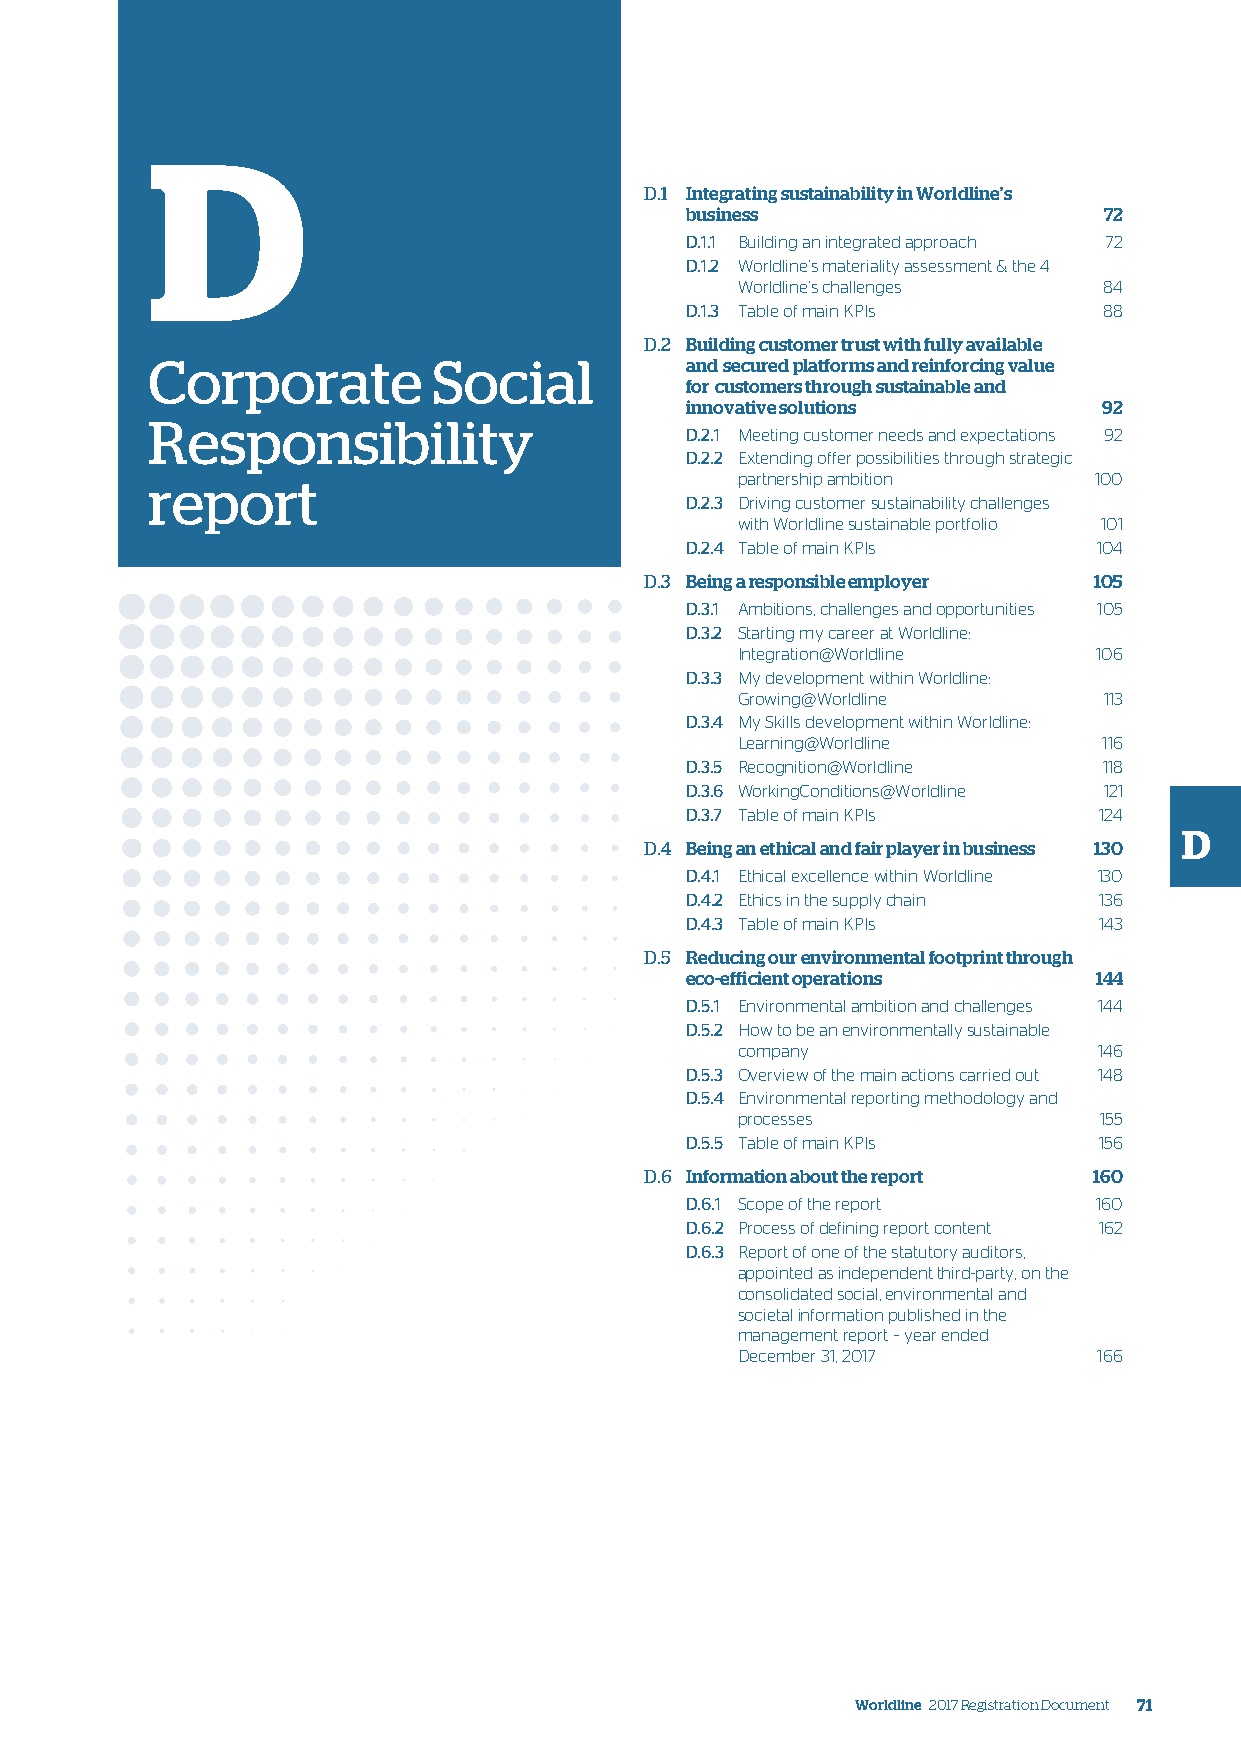
D
 D.1 Integrating sustainability in Worldline’s
 business                    72
 D.1.1 Building an integrated approach 72
 D.1.2 Worldline’s materiality assessment & the 4
 Worldline’s challenges  84
 D.1.3 Table of main KPIs    88
 D.2 Building customer trust with fully available
 Corporate          Social          and secured platforms and reinforcing value
 for customers through sustainable and
 innovative solutions        92
 Responsibility
 D.2.1 Meeting customer needs and expectations 92
 D.2.2 Extending offer possibilities through strategic
 report                                 partnership ambition   100
 D.2.3 Driving customer sustainability challenges
 with Worldline sustainable portfolio 101
 D.2.4 Table of main KPIs    104
 D.3 Being a responsible employer 105
 D.3.1 Ambitions, challenges and opportunities 105
 D.3.2 Starting my career at Worldline:
 Integration@Worldline   106
 D.3.3 My development within Worldline:
 Growing@Worldline       113
 D.3.4 My Skills development within Worldline:
 Learning@Worldline      116
 D.3.5 Recognition@Worldline 118
 D.3.6 WorkingConditions@Worldline 121
 D.3.7 Table of main KPIs    124
 D
 D.4 Being an ethical and fair player in business 130
 D.4.1 Ethical excellence within Worldline 130
 D.4.2 Ethics in the supply chain 136
 D.4.3 Table of main KPIs    143
 D.5 Reducing our environmental footprint through
 eco-efficient operations   144
 D.5.1 Environmental ambition and challenges 144
 D.5.2 How to be an environmentally sustainable
 company                 146
 D.5.3 Overview of the main actions carried out 148
 D.5.4 Environmental reporting methodology and
 processes               155
 D.5.5 Table of main KPIs    156
 D.6 Information about the report 160
 D.6.1 Scope of the report   160
 D.6.2 Process of defining report content 162
 D.6.3 Report of one of the statutory auditors,
 appointed as independent third-party, on the
 consolidated social, environmental and
 societal information published in the
 management report – year ended
 December 31, 2017       166
 Worldline 2017 Registration Document 71